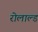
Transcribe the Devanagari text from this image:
रोलाल्ड